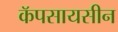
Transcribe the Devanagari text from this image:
कॅपसायसीन